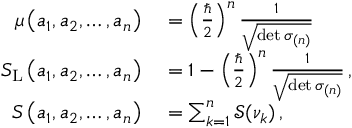
\begin{array} { r l } { \mu \left( a _ { 1 } , a _ { 2 } , \dots , a _ { n } \right) } & { { } = \left( \frac { \hbar } { 2 } \right) ^ { n } \frac { 1 } { \sqrt { \operatorname* { d e t } \boldsymbol { \sigma } _ { ( n ) } } } } \\ { S _ { \mathrm { L } } \left( a _ { 1 } , a _ { 2 } , \dots , a _ { n } \right) } & { { } = 1 - \left( \frac { \hbar } { 2 } \right) ^ { n } \frac { 1 } { \sqrt { \operatorname* { d e t } \boldsymbol { \sigma } _ { ( n ) } } } \, , } \\ { S \left( a _ { 1 } , a _ { 2 } , \dots , a _ { n } \right) } & { { } = \sum _ { k = 1 } ^ { n } \mathcal { S } ( \nu _ { k } ) \, , } \end{array}